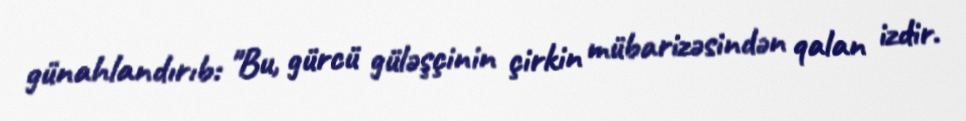
günahlandırıb: "Bu, gürcü güləşçinin çirkin mübarizəsindən qalan izdir.